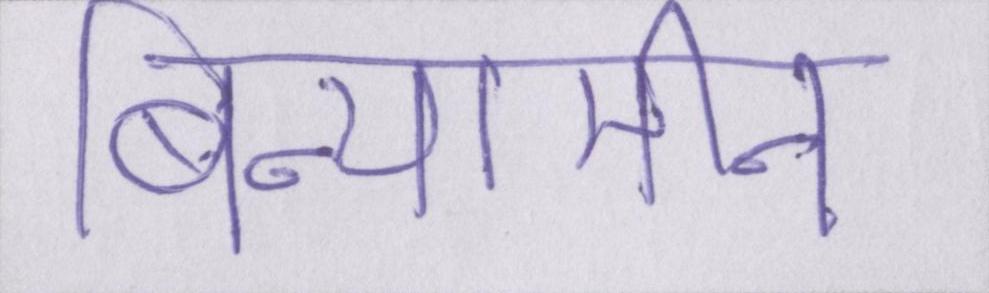
बिन्यामीन